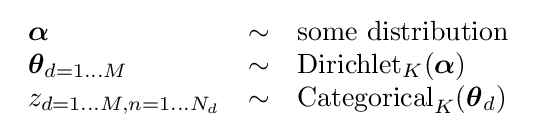
{\begin{array}{lcl}{\boldsymbol {\alpha }}&\sim &{\text{some distribution}}\\{\boldsymbol {\theta }}_{d=1\dots M}&\sim &\operatorname {Dirichlet} _{K}({\boldsymbol {\alpha }})\\z_{d=1\dots M,n=1\dots N_{d}}&\sim &\operatorname {Categorical} _{K}({\boldsymbol {\theta }}_{d})\end{array}}